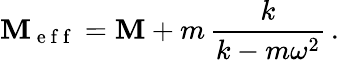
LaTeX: \mathbf{M}_{\mathrm{{~e~f~f~}}}=\mathbf{M}+m\, \frac{{k}}{{k-m\omega^{2}}}\, .